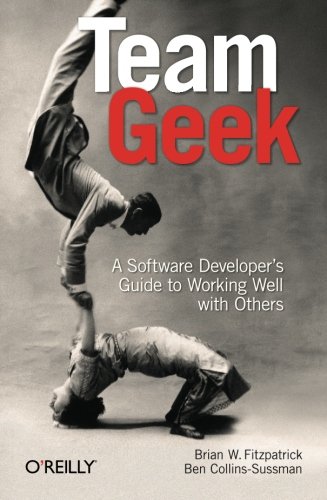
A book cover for Team Geek: A Software Developer's Guide to Working Well with Others; Brian W. Fitzpatrick; Computers & Technology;